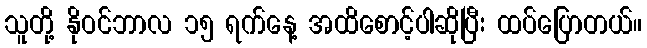
သူတို့ နိုဝင်ဘာလ ၁၅ ရက်နေ့ အထိစောင့်ပါဆိုပြီး ထပ်ပြောတယ်။